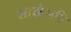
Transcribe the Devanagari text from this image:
शाकंभरि